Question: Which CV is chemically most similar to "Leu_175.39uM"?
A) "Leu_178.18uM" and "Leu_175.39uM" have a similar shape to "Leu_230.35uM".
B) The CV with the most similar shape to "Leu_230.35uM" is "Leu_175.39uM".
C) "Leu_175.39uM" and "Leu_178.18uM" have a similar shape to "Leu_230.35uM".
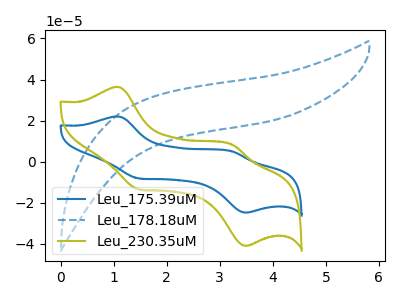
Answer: <think>The blue curve "Leu_175.39uM" has anodic peaks at (1.05V, 22.05uA) (3.25V, 4.95uA) and cathodic peaks at (1.50V, -8.15uA) (3.50V, -24.80uA). The blue dashed curve "Leu_178.18uM" has no peaks. The olive curve "Leu_230.35uM" has anodic peaks at (1.05V, 36.45uA) (3.25V, 8.20uA) and cathodic peaks at (1.50V, -13.45uA) (3.50V, -41.00uA).
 "Leu_175.39uM" and "Leu_178.18uM" have a different number of peaks. All the peaks in "Leu_175.39uM" have a peak in "Leu_230.35uM" at the same potential. Every peak in "Leu_175.39uM" is lower than every peak in "Leu_230.35uM". "Leu_178.18uM" and "Leu_230.35uM" have a different number of peaks.</think>
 <answer>B) The CV with the most similar shape to "Leu_230.35uM" is "Leu_175.39uM".</answer>
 <eval>B</eval>